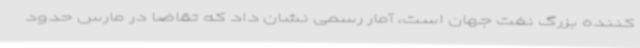
کننده بزرگ نفت جهان است، آمار رسمی نشان داد که تقاضا در مارس حدود